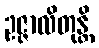
ဥဇ္ဇာလိတုန္တိ